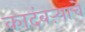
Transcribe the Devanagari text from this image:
कादंबऱ्याचे